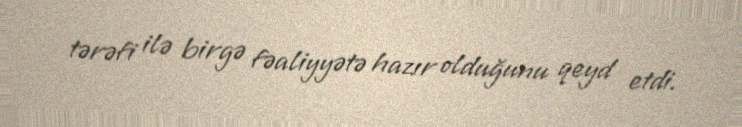
tərəfi ilə birgə fəaliyyətə hazır olduğunu qeyd etdi.